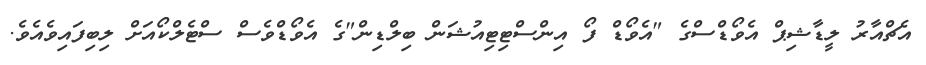
އެޗްއާރު ލީޑާޝިޕް އެވޯޑްސްގެ "އެވޯޑް ފޯ އިންސްޓިޓިއުޝަން ބިލްޑިން"ގެ އެވޯޑްވެސް ސްޓެލްކޯއަށް ލިބިފައިވެއެވެ.